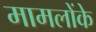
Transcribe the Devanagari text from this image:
मामलोंके